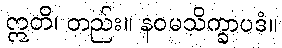
ဣတိ၊ တည်း။ နဝမသိက္ခာပဒံ။